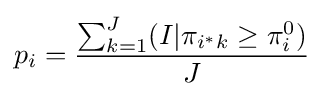
p_{i}={\frac {\sum _{k=1}^{J}(I|\pi _{i^{*}k}\geq \pi _{i}^{0})}{J}}